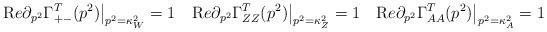
LaTeX: \begin{align*}{\mathrm Re}\partial _{p^2}\Gamma^T_{+-} (p^2)\big|_{p^2 = \kappa_W^2} = 1 \quad{\mathrm Re}\partial _{p^2}\Gamma^T_{ZZ} (p^2)\big|_{p^2 = \kappa_Z^2} = 1 \quad{\mathrm Re}\partial _{p^2}\Gamma^T_{AA} (p^2)\big|_{p^2 = \kappa_A^2} = 1\end{align*}